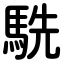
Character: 駪